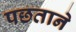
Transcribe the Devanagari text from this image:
पछताने